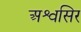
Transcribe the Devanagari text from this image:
अश्वसिर